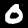
Digit: 0